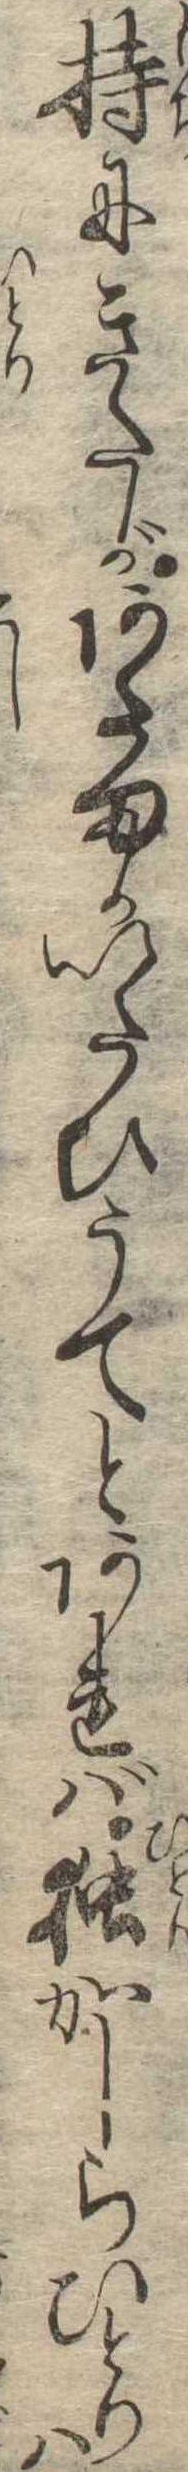
持にきたがあたまかいたひうてとあれば独かしらひとりは